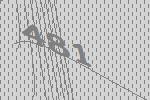
481